Report of the Hyderabad Chloroform Commission
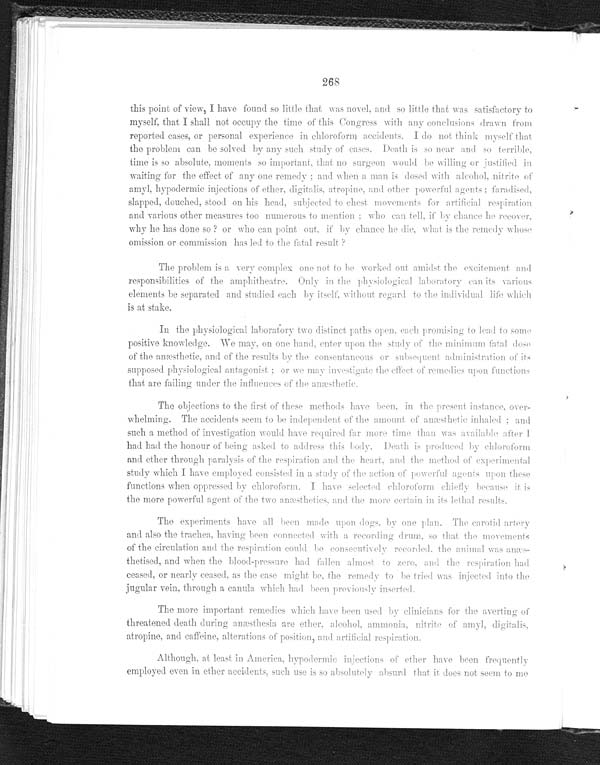
268
this point of view, I have found so little that was novel, and so little that was satisfactory to
myself, that I shall not occupy the time of this Congress with any conclusions drawn from
reported cases, or personal experience in chloroform accidents. I do not think myself that
the problem can b e solved by any such study of cases. Death is so near and so terrible,
time is so absolute, moments so important, that no surgeon would be willing or justified in
waiting for the effect of any one remedy; and when a man is dosed with alcohol, nitrite of
amyl, hypodermic injections of ether, digitalis, atropine, and other powerful agents; faradised,
slapped, douched, stood on his heal, subjected to chest movements for artificial respiration
and various other measures too numerous to mention; who can tell, if by chance he recover,
why he has done so? or who can point out, if by chance he die, what is the remedy whose
omission or commission has led to the fatal result?
The problem is a very complex one not to be worked out amidst the excitement. and
responsibilities of the amphitheatre. Only in the physiological laboratory can its various
elements he separated and studied each by itself. without regard to the individual life which
is at stake.
In the physiological laboratory two distinct paths open, each promising to lead to some
positive knowledge. We may, on one hand, enter upon the study of the minimum fatal dose
of the anæsthetic, and of the results by the consentaneous subsequent administration of its
supposed physiological antagonist: or we may investigate the effect of remedies upon functions
that are failing under the influences of the anæsthetic.
The objections to the first of these methods have been, in the present instance, over--
whelming. The accidents seem to be independent of the amount of anæsthetic inhaled; and
such a method of investigation would have required far more time than was available after I
had had the honour of being asked to address this body. Death is produced by chloroform
and ether through paralysis of the respiration and the heart, and the method of experimental
study which I have employed consisted in a study of the action or powerful agents upon these
functions when oppressed by chloroform, I have selected chloroform chiefly because it is
the more powerful agent of the two anæsthetics. and the more certain in its lethal results.
The experiments have all been made upon dogs, by one plan. The carotid artery
and also the trachea. having been connected with a recording drum. so that the movements
of the circulation and the respiration could be consecutively recorded. the animal was anæs--
thetised, and when the blood-pressure had fallen almost to zero. and the respiration had
ceased, or nearly ceased. as the case might be the remedy to be tried was injected into the
jugular vein, through a canula which had been previously inserted.
The more important remedies which have been used by clinicians for the averting of
threatened death during anæsthesia are ether alcohol, ammonia, nitrite of amyl, digitalis,
atropine, and caffeine, alterations of position, and artificial respiration.
Although, at least in America. hypodermic injections of ether have been frequently
employed even in ether accidents, such use is so absolutely absurd that it does not seem to me